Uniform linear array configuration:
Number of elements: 4
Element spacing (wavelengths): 0.25
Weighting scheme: kaiser
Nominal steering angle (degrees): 0
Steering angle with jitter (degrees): -1.201
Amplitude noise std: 0.05
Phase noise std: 0.05

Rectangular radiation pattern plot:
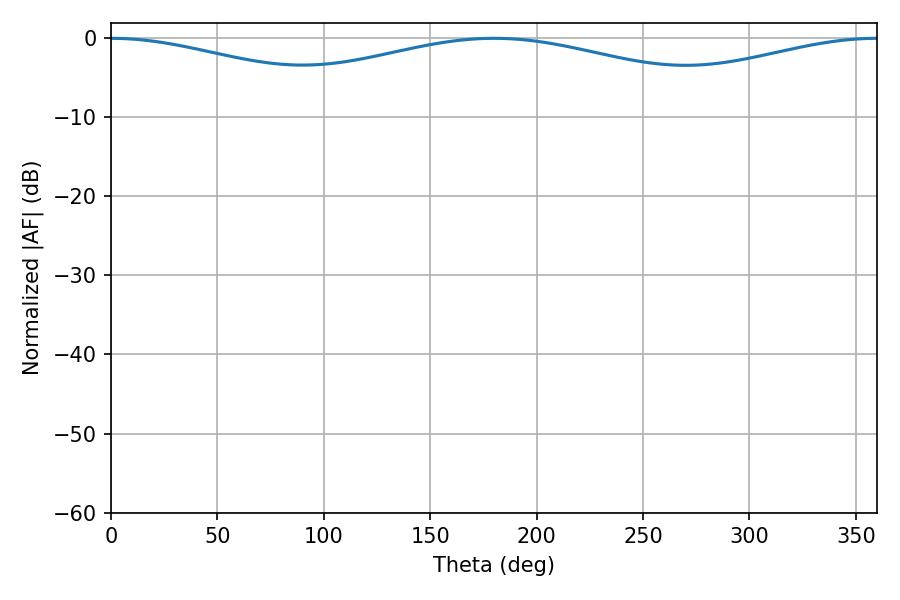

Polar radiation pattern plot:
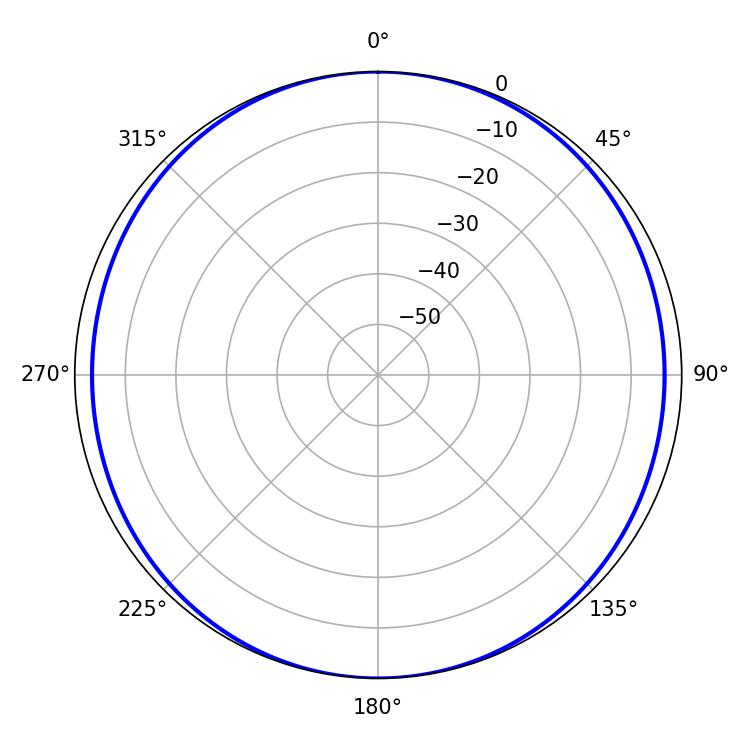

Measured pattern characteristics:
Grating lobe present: FALSE
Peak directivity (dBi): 26.731
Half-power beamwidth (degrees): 71.1
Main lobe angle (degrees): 0